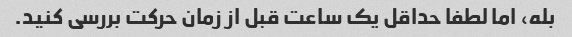
بله، اما لطفا حداقل یک ساعت قبل از زمان حرکت بررسی کنید.